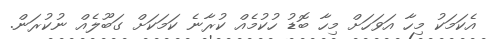
އެކަމަކު މިހާ އަވަހަށް މިހާ ބޮޑު ހުކުމެއް ކުރާނެ ކަމަކަށް ގަބޫލެއް ނުކުރަން.